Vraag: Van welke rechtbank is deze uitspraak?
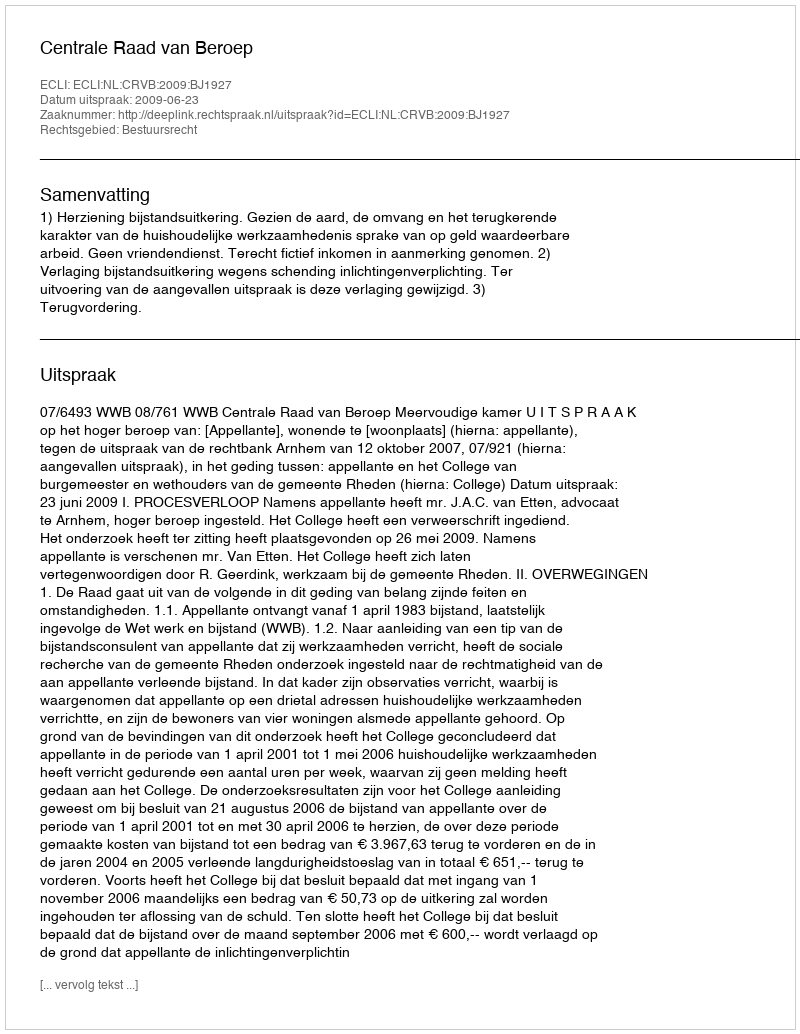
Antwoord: Centrale Raad van Beroep